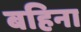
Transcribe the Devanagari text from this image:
बहिना